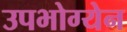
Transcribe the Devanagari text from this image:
उपभोग्येन